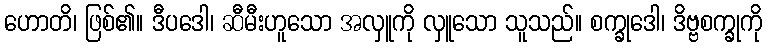
ဟောတိ၊ ဖြစ်၏။ ဒီပဒေါ၊ ဆီမီးဟူသော အလှူကို လှူသော သူသည်။ စက္ခုဒေါ၊ ဒိဗ္ဗစက္ခုကို